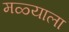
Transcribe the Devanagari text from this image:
मळ्याला